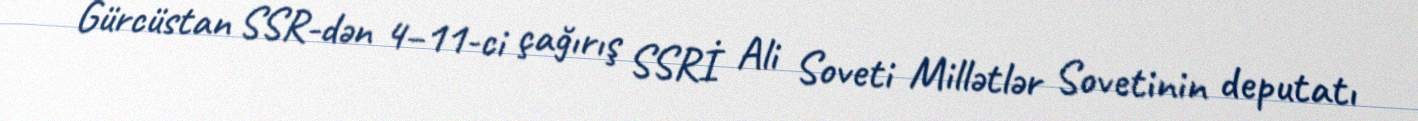
Gürcüstan SSR-dən 4–11-ci çağırış SSRİ Ali Soveti Millətlər Sovetinin deputatı